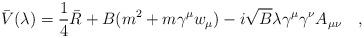
LaTeX: \begin{align*}\bar{V}(\lambda)=\frac 14 \bar{R}+B(m^2+m\gamma^\mu w_\mu)-i \sqrt{B}\lambda \gamma^\mu\gamma^\nu A_{\mu\nu}~~~,\end{align*}